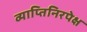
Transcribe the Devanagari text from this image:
व्याप्तिनिरपेक्ष